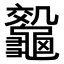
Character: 𪛀